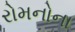
રોમનોના